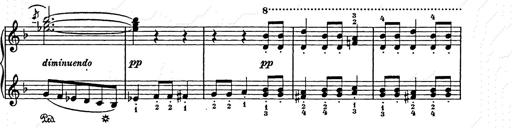
Title: Weihnachtsbaum
Composer: Franz Liszt